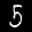
Label: 5